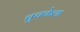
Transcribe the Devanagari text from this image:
चुचकेला